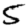
Digit: 5